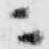
ニ